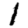
Digit: 1